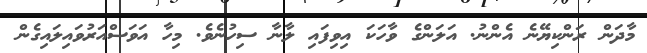
މާދަން ރަންކިޔޭނެ އެންނު. އަލަންގެ ވާހަކަ އިވިފައި ލާނާ ސިހުނެވެ. މިހާ އަވަސްއަރުވައިލައިގެން